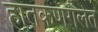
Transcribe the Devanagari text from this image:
हातकणंगलेत